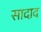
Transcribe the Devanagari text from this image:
सादाद